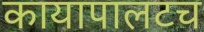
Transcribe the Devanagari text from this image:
कायापालटच